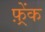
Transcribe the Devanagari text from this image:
फ़्रेंक